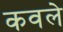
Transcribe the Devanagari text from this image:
कवले